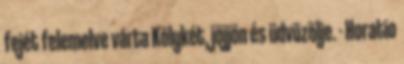
fejét felemelve várta Kölykét, jöjjön és üdvözölje. - Horatio